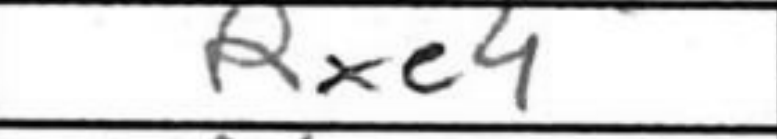
Transcription: Rxe4